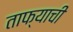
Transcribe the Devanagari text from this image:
ताफ्याची